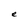
Character: e